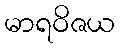
မာရဝိဇယ